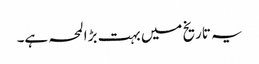
یہ تاریخ میں بہت بڑا لمحہ ہے۔